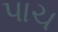
પાચ